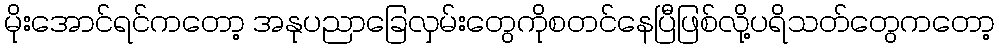
မိုးအောင်ရင်ကတော့ အနုပညာခြေလှမ်းတွေကိုစတင်နေပြီဖြစ်လို့ပရိသတ်တွေကတော့